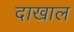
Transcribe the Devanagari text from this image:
दाखाल